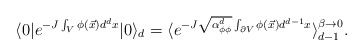
\begin{align*} \langle 0| e^{-J \int_V \phi (\vec{x}) d^dx}|0 \rangle_{d} = \langle e^{-J \sqrt{\alpha^d_{\phi\phi}}\int_{\partial V} \phi (\vec{x}) d^{d-1}x}\rangle_{d-1}^{\beta \to 0}.\end{align*}